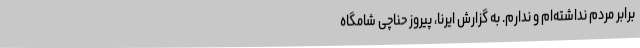
برابر مردم نداشته‌ام و ندارم. به گزارش ایرنا، پیروز حناچی شامگاه